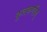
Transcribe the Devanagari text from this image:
कुलकर्णीज्